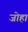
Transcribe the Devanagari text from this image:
जोहा